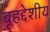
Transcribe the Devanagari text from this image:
बृहद्देशीय